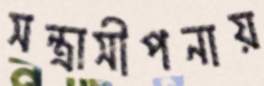
সন্ত্রাসীপনায়